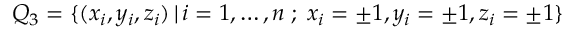
{ Q } _ { 3 } = \{ ( x _ { i } , y _ { i } , z _ { i } ) \, | \, i = 1 , \ldots , n \; ; \; x _ { i } = \pm 1 , y _ { i } = \pm 1 , z _ { i } = \pm 1 \}